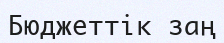
Бюджеттік заң